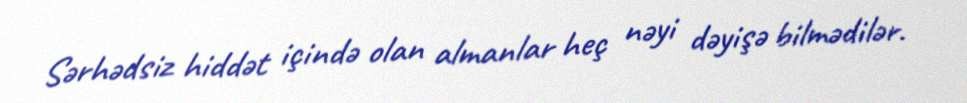
Sərhədsiz hiddət içində olan almanlar heç nəyi dəyişə bilmədilər.